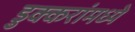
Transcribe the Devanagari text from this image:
डुक्करांमध्ये